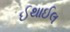
ઈથાઈલ